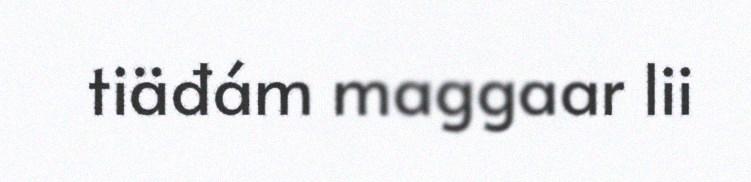
tiäđám maggaar lii